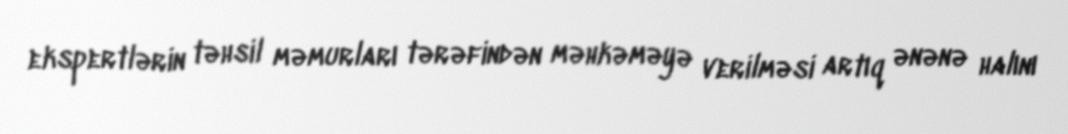
ekspertlərin təhsil məmurları tərəfindən məhkəməyə verilməsi artıq ənənə halını